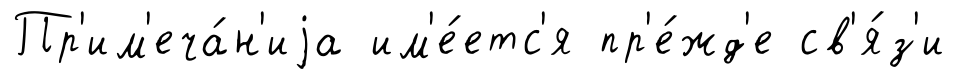
Пр'им'еча́н'иjа им'е́етс'я пр'е́жд'е св'я́з'и